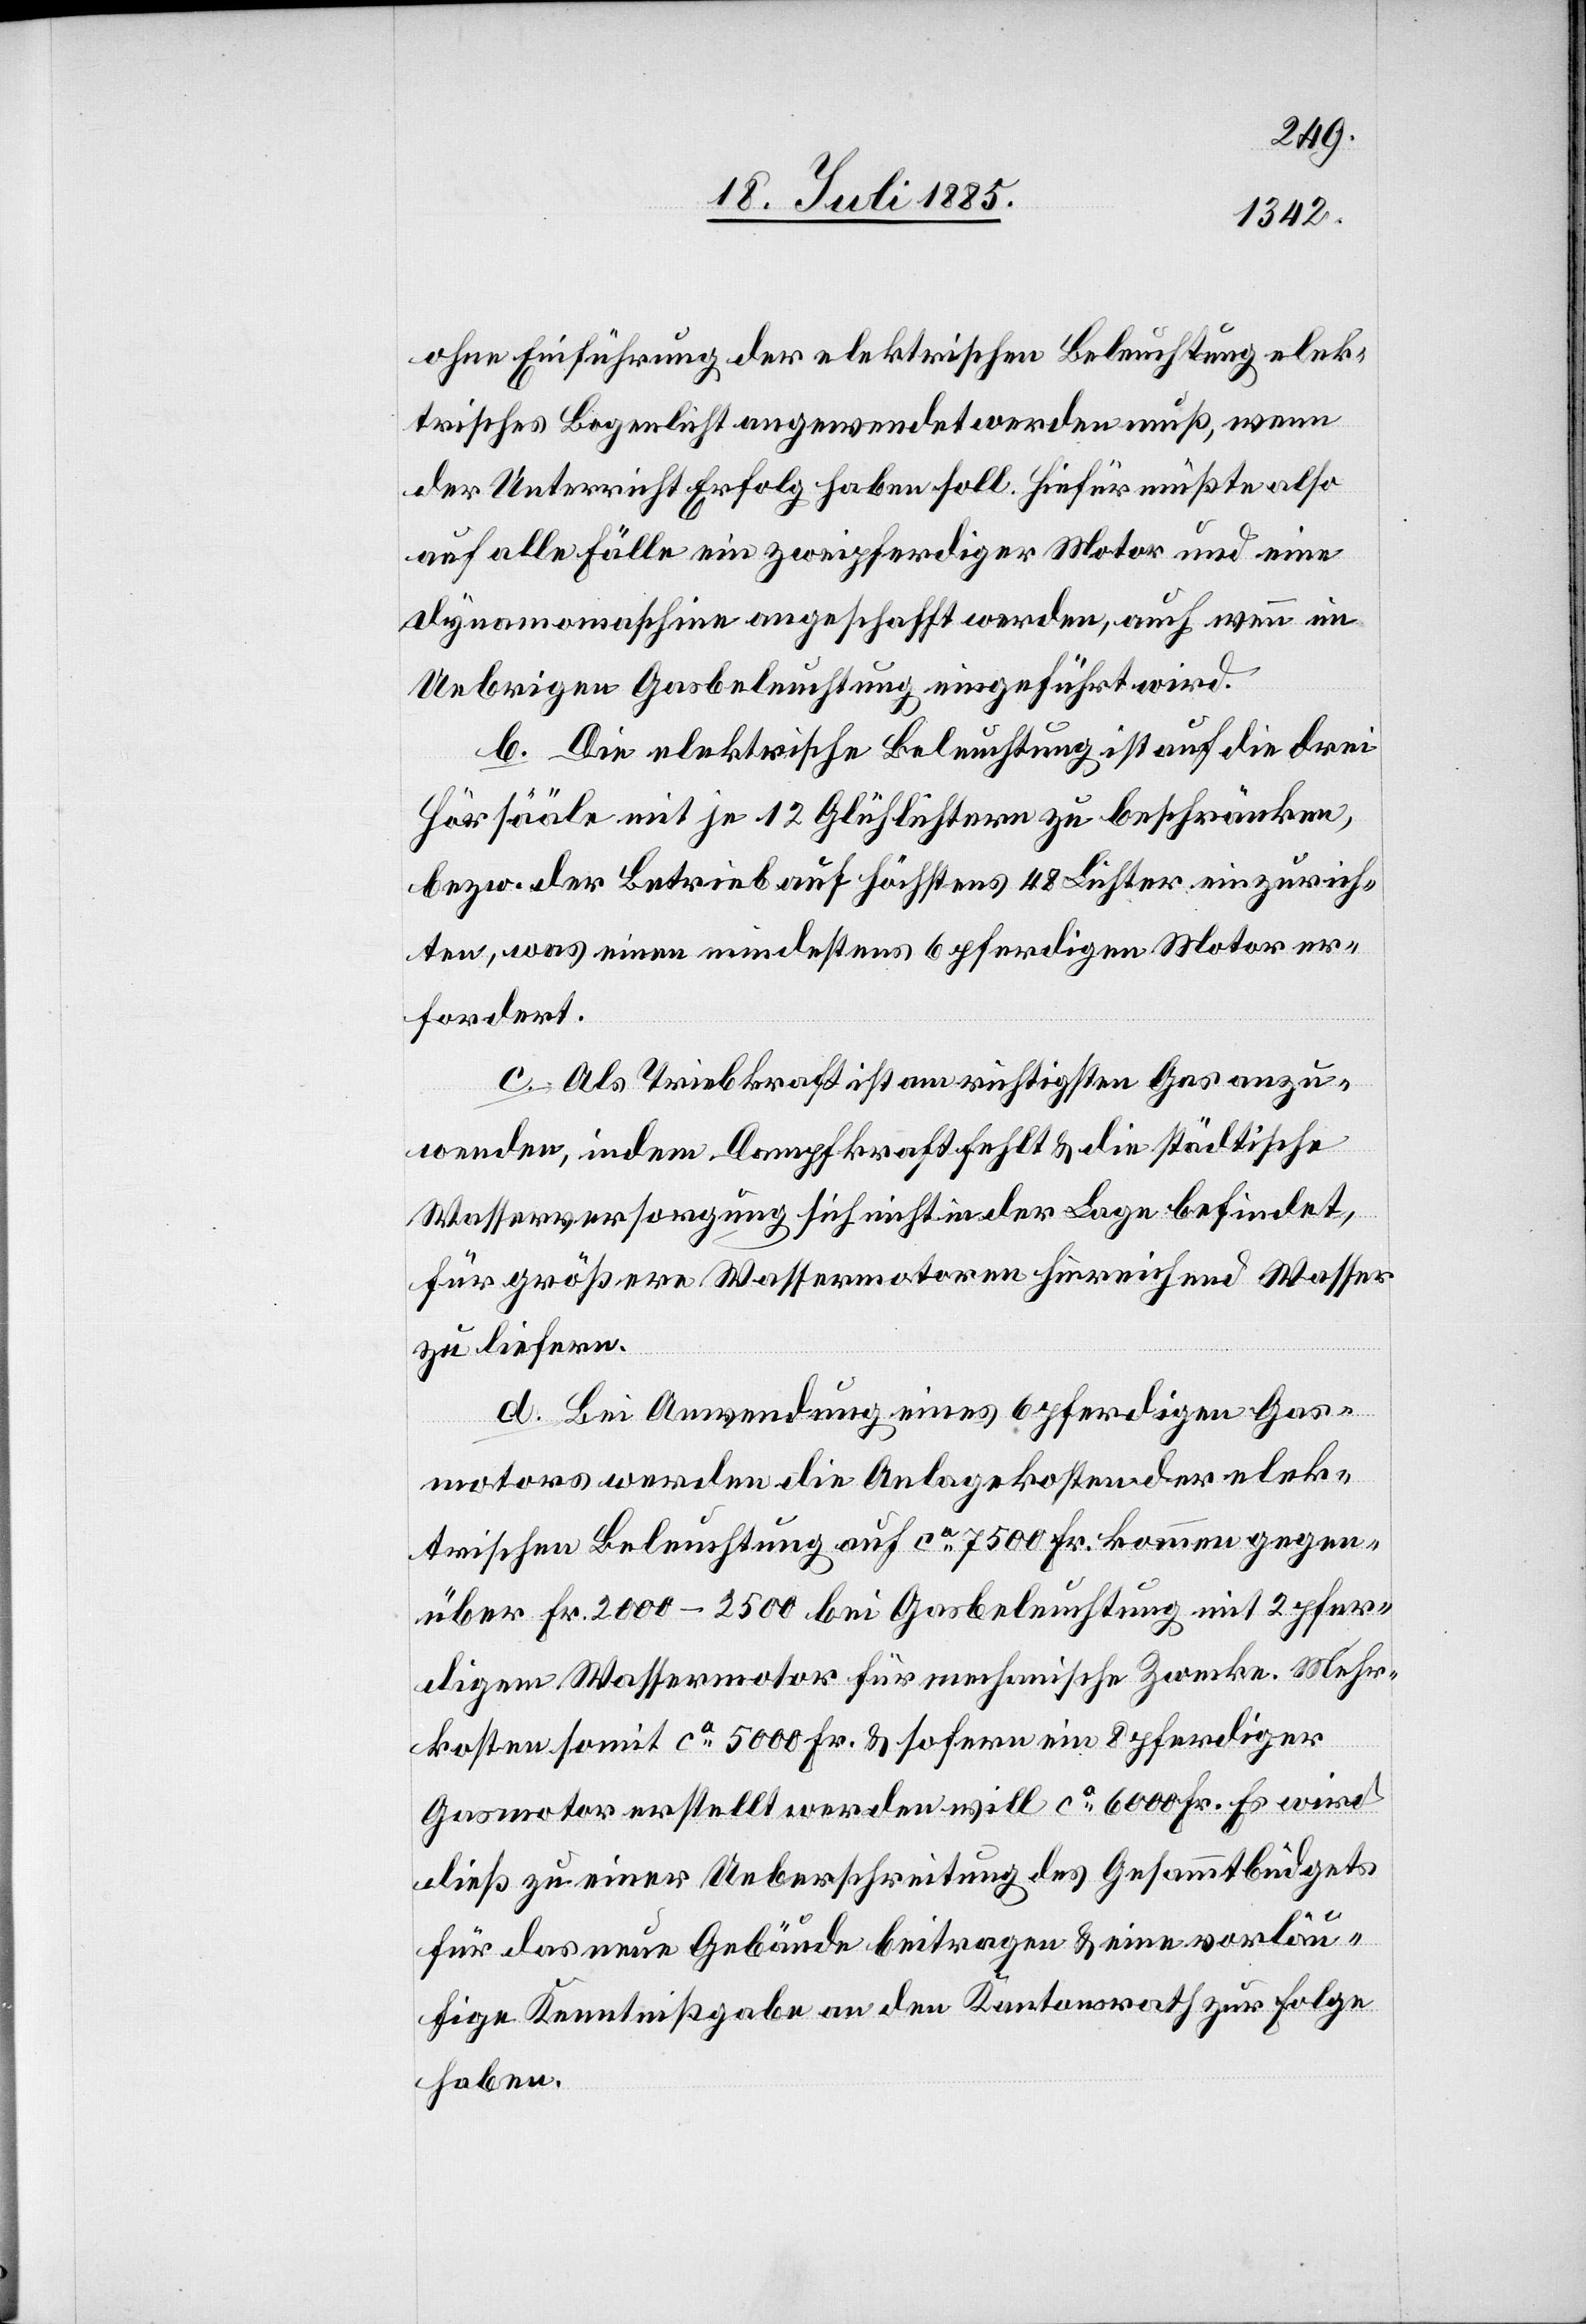
ohne Einführung der elektrischen Beleuchtung elek¬
trisches Bogenlicht angewendet werden muß, wenn
der Unterricht Erfolg haben soll. Hiefür müßte also
auf alle Fälle ein zweipferdiger Motor und eine
Dynamomaschine angeschafft werden, auch wenn im
Uebrigen Gasbeleuchtung eingeführt wird.
b. Die elektrische Beleuchtung ist auf die drei
Hörsääle mit je 12 Glühlichtern zu beschränken,
bezw. der Betrieb auf höchstens 48 Liter einzurich¬
ten, was einen mindestens 6pferdigen Motor er¬
fordert.
c. Als Triebkraft ist am richtigsten Gas anzu¬
wenden, indem Dampfkraft fehlt & die städtische
Wasserversorgung sich nicht in der Lage befindet,
für größere Wassermotoren hinreichend Wasser
zu liefern.
d. Bei Anwendung eines 6pferdigen Gas¬
motors werden die Anlagekosten der elek¬
trischen Beleuchtung auf ca 7500 Fr. kommen gegen¬
über Fr. 2000–2500 bei Gasbeleuchtung mit 2pfer¬
digem Wassermotor für mechanische Zwecke. Mehr¬
kosten somit ca 5000 Fr. & sofern ein 8pferdiger
Gasmotor erstellt werden will ca 6000 Fr. Es wird
dieß zu einer Ueberschreitung des Gesammtbudgets
für das neue Gebäude beitragen & eine vorläu¬
fige Kenntnißgabe an den Kantonsrath zur Folge
haben.